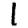
Digit: 1